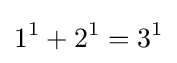
1^{1}+2^{1}=3^{1}